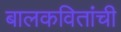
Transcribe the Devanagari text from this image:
बालकवितांची